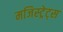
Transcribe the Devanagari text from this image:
मजिस्ट्रेट्स